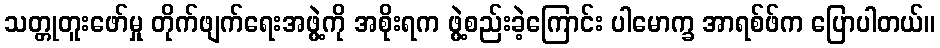
သတ္တုတူးဖော်မှု တိုက်ဖျက်ရေးအဖွဲ့ကို အစိုးရက ဖွဲ့စည်းခဲ့ကြောင်း ပါမောက္ခ အာရစ်ဖ်က ပြောပါတယ်။